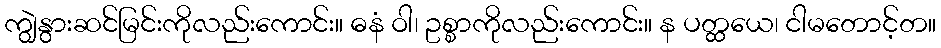
ကျွဲနွားဆင်မြင်းကိုလည်းကောင်း။ ဓနံ ဝါ၊ ဥစ္စာကိုလည်းကောင်း။ န ပတ္ထယေ၊ ငါမတောင့်တ။